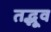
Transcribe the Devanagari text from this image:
तद्भूव